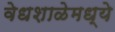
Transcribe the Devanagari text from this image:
वेधशाळेमध्ये